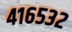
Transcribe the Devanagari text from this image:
४१६५३२